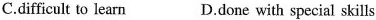
C.difficult to learn D.done with special skills